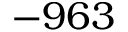
- 9 6 3